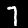
Label: 7